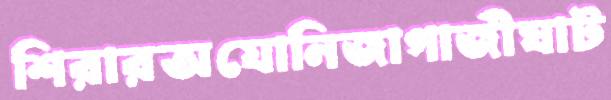
শিরারঅযোনিজাগাজীঘাট